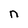
Character: n